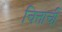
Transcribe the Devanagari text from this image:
चित्ताची